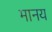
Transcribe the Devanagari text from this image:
मानय